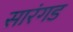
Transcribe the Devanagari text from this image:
सारंगड